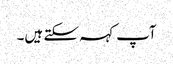
آپ کہہ سکتے ہیں۔